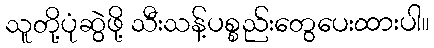
သူတို့ပုံဆွဲဖို့ သီးသန့်ပစ္စည်းတွေပေးထားပါ။